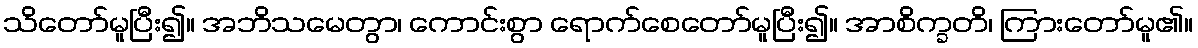
သိတော်မူပြီး၍။ အဘိသမေတွာ၊ ကောင်းစွာ ရောက်စေတော်မူပြီး၍။ အာစိက္ခတိ၊ ကြားတော်မူ၏။